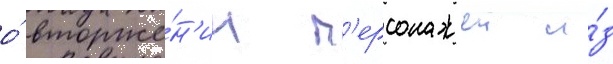
о́ вторже́н'ии п'ерсонажеи и́з